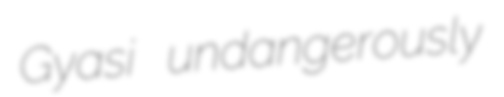
Gyasi undangerously